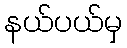
နယ်ပယ်မှ